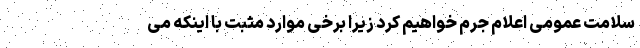
سلامت عمومی اعلام جرم خواهیم کرد زیرا برخی موارد مثبت با اینکه می